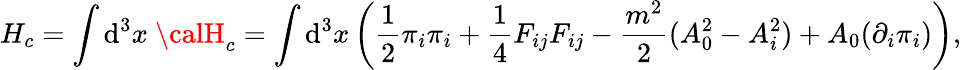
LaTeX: H_{c}={\displaystyle\int\mathrm{d}^{3}x~{\calH}_{c}}={\displaystyle\int\mathrm{d}^{3}x\left(\frac{{1}}{{2}}{\pi_{i}}{\pi_{i}}+{\frac{{1}}{{4}}}F_{ij}F_{ij}-\frac{{m^{2}}}{{2}}(A_{0}^{2}-A_{i}^{2})+A_{0}({\partial_{i}}\pi_{i})\right),}